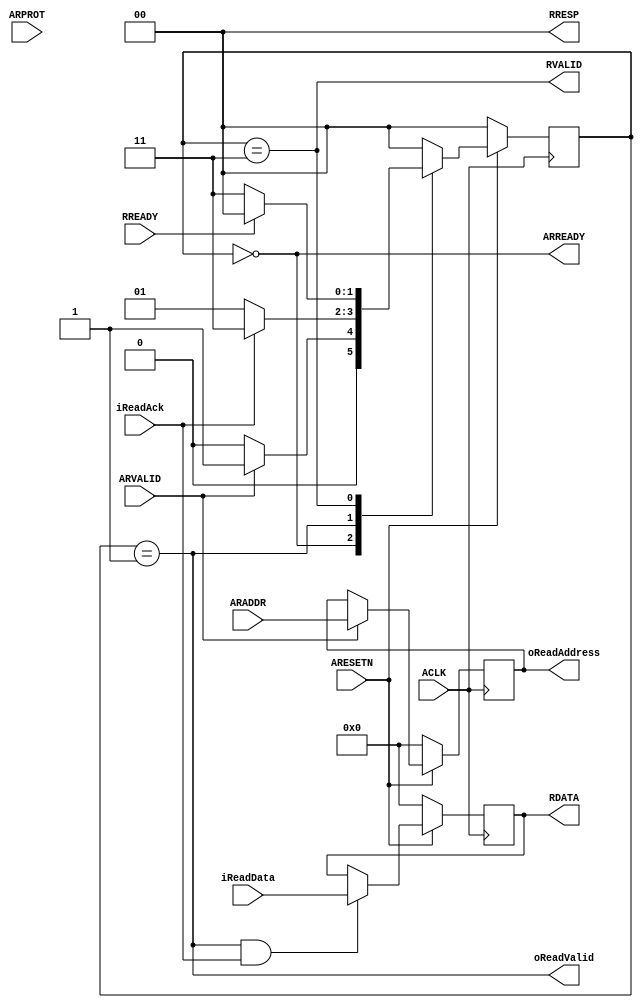
//////////////////////////////////////////////////////////////////////////////////
// AXI4LiteSlaveInterfaceReadChannel for Cosmos OpenSSD
// Copyright (c) 2015 Hanyang University ENC Lab.
// Contributed by Kibin Park <kbpark@enc.hanyang.ac.kr>
//                Yong Ho Song <yhsong@enc.hanyang.ac.kr>
//
// This file is part of Cosmos OpenSSD.
//
// Cosmos OpenSSD is free software; you can redistribute it and/or modify
// it under the terms of the GNU General Public License as published by
// the Free Software Foundation; either version 3, or (at your option)
// any later version.
//
// Cosmos OpenSSD is distributed in the hope that it will be useful,
// but WITHOUT ANY WARRANTY; without even the implied warranty of
// MERCHANTABILITY or FITNESS FOR A PARTICULAR PURPOSE.
// See the GNU General Public License for more details.
//
// You should have received a copy of the GNU General Public License
// along with Cosmos OpenSSD; see the file COPYING.
// If not, see <http://www.gnu.org/licenses/>. 
//////////////////////////////////////////////////////////////////////////////////

//////////////////////////////////////////////////////////////////////////////////
// Company: ENC Lab. <http://enc.hanyang.ac.kr>
// 
// Project Name: Cosmos OpenSSD
// Design Name: AXI4Lite slave interface read channel
// Module Name: AXI4LiteSlaveInterfaceReadChannel
//
// Version: v1.0.0
//
// Description: Read channel control for AXI4-Lite compliant slave interface
//
//////////////////////////////////////////////////////////////////////////////////

//////////////////////////////////////////////////////////////////////////////////
// Revision History:
//
// * v1.0.0
//   - first draft 
//////////////////////////////////////////////////////////////////////////////////
`timescale 1ns / 1ps

module AXI4LiteSlaveInterfaceReadChannel
#
(
    parameter AddressWidth = 32,
    parameter DataWidth = 32
)
(
    ACLK            ,
    ARESETN         ,
    ARVALID         ,
    ARREADY         ,
    ARADDR          ,
    ARPROT          ,
    RVALID          ,
    RREADY          ,
    RDATA           ,
    RRESP           ,
    oReadAddress    ,
    iReadData       ,
    oReadValid      ,
    iReadAck
);

    input                           ACLK            ;
    input                           ARESETN         ;
    input                           ARVALID         ;
    output                          ARREADY         ;
    input   [AddressWidth - 1:0]    ARADDR          ;
    input   [2:0]                   ARPROT          ;
    output                          RVALID          ;
    input                           RREADY          ;
    output  [DataWidth - 1:0]       RDATA           ;
    output  [1:0]                   RRESP           ;

    output  [AddressWidth - 1:0]    oReadAddress    ;
    input   [DataWidth - 1:0]       iReadData       ;
    output                          oReadValid      ;
    input                           iReadAck        ;
    
    reg     [AddressWidth - 1:0]    rReadAddress   ;
    reg     [DataWidth - 1:0]       rReadData      ;
    
    localparam  State_Idle          = 2'b00; 
    localparam  State_INCMDREQ      = 2'b01;
    localparam  State_AXIRRESP      = 2'b11;
    
    reg [1:0]   rCurState   ;
    reg [1:0]   rNextState  ;
    
    always @ (posedge ACLK)
        if (!ARESETN)
            rCurState <= State_Idle;
        else
            rCurState <= rNextState;
    
    always @ (*)
        case (rCurState)
        State_Idle:
            rNextState <= (ARVALID)?State_INCMDREQ:State_Idle;        
        State_INCMDREQ:
            rNextState <= (iReadAck)?State_AXIRRESP:State_INCMDREQ;
        State_AXIRRESP:
            rNextState <= (RREADY)?State_Idle:State_AXIRRESP;
        default:
            rNextState <= State_Idle;
        endcase
    
    assign ARREADY      = (rCurState == State_Idle);
    assign RVALID       = (rCurState == State_AXIRRESP);
    assign oReadValid   = (rCurState == State_INCMDREQ);
    
    always @ (posedge ACLK)
        if (!ARESETN)
            rReadAddress <= {(AddressWidth){1'b0}};
        else
            if (ARVALID)
                rReadAddress <= ARADDR;
    
    always @ (posedge ACLK)
        if (!ARESETN)
            rReadData <= {(DataWidth){1'b0}};
        else
            if ((rCurState == State_INCMDREQ) && iReadAck)
                rReadData <= iReadData;
    
    assign oReadAddress = rReadAddress;
    assign RDATA        = rReadData;
    
    assign RRESP = 2'b0;
    
endmodule